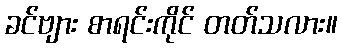
ခင်ဗျား စာရင်းကိုင် တတ်သလား။